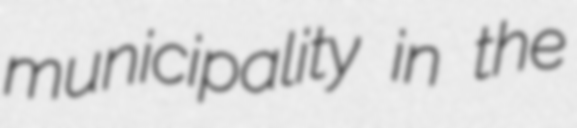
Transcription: municipality in the